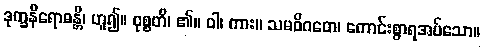
ဒုက္ခနိရောဓန္တိ၊ ဟူ၍။ ဝုစ္စတိ၊ ၏။ ဝါ၊ ကား။ သမဓိဂတေ၊ ကောင်းစွာရအပ်သော။